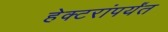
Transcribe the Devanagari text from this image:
हेक्टरांपर्यंत